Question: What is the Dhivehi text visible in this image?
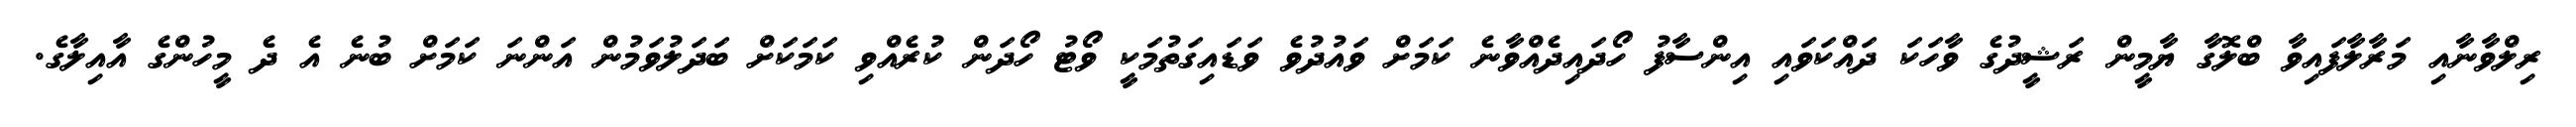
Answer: ރިލްވާނާއި މަރާލާފައިވާ ބްލޮގާ ޔާމީން ރަޝީދުގެ ވާހަކަ ދައްކަވައި އިންސާފު ހޯދައިދެއްވާނެ ކަމަށް ވައުދުވެ ވަޑައިގަތުމަކީ ވޯޓު ހޯދަން ކުރެއްވި ކަމަކަށް ބަދަލުވަމުން އަންނަ ކަމަށް ބުނެ އެ ދެ މީހުންގެ އާއިލާގެ.